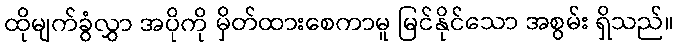
ထိုမျက်ခွံလွှာ အပိုကို မှိတ်ထားစေကာမူ မြင်နိုင်သော အစွမ်း ရှိသည်။